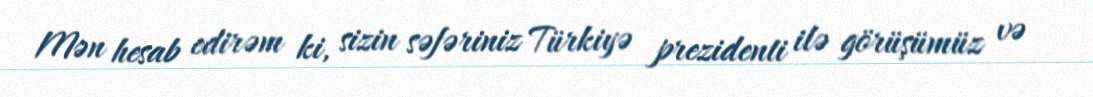
Mən hesab edirəm ki, sizin səfəriniz Türkiyə prezidenti ilə görüşümüz və